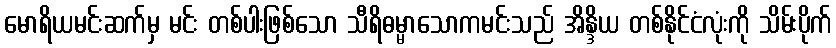
မောရိယမင်းဆက်မှ မင်း တစ်ပါးဖြစ်သော သီရိဓမ္မာသောကမင်းသည် အိန္ဒိယ တစ်နိုင်ငံလုံးကို သိမ်းပိုက်